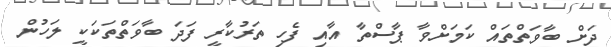
ދަށް ބާވަތްތައް ކަމަށްވާ ޕާސްތާ އާއި ފެހި ތަރުކާރީ ފަދަ ބާވަތްތަކަކީ ލަހުން